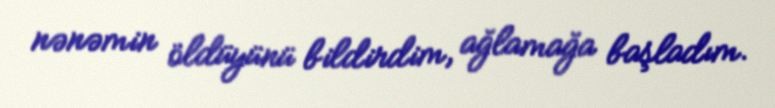
nənəmin öldüyünü bildirdim, ağlamağa başladım.